system: You are a helpful assistant.
user:
Analyze the provided spectrum to determine if it is a **M-type Giant (gM)**.

A M-type Giant spectrum is defined by its **strong molecular absorption** features, particularly from **Titanium Oxide (TiO)**. You must check for one of the following mutually exclusive signatures:

- **Key Visual Indicators (Absorption-Dominated Spectrum):**

    - **(Primary):** The spectrum is dominated by strong molecular absorption from **Titanium Oxide (TiO)**. This is the **defining feature** of its M-type temperature class.
        - **(Key Bandheads):** Look for sharp, "saw-tooth" absorption valleys. The strongest are located near **~7050 Å**, **~6160 Å**, and **~5170 Å**.
        - **(Line Profile):** The "saw-tooth" morphology is critical: a **sharp, steep drop on the BLUE (short-wavelength) side** of the bandhead, followed by a gradual recovery (rising flux) towards the RED (long-wavelength) side.

    - **(Key Confirmation - Giant vs. Dwarf):** **ABSENCE** of strong **Calcium Hydride (CaH)** molecular bands. This is the primary diagnostic for *excluding* M-dwarfs.
        - **(Key Region):** The spectrum should lack the strong, broad absorption band seen in dwarfs between **~6800 Å and ~7000 Å**.

    - **(Secondary Confirmation - Giant):** A very strong and broad **Neutral Calcium (Ca I)** atomic absorption line.
        - **(Key Line):** Located at **~4226 Å**. In a giant (gM), this line is significantly deeper and broader than the same line in an M-dwarf (dM) due to low surface gravity.

    - **(Overall Spectrum):**
        - The continuum is **extremely red-sloping** (i.e., flux is very low in the blue and rises dramatically towards the red).
        - The entire spectrum appears "chopped up" by the deep TiO bands.

Think first, call **spectral_visualization_tool** if needed to examine features in detail, then provide your final answer. Your response must adhere to the following strict rules:
1.  **Overall Structure:** Your response must follow the format `<think>...</think> <tool_call>...</tool_call> (if a tool is used) <answer>...</answer>`.
2.  **Tool Usage Constraint:** You may only make **one** tool call per turn.
3.  **Final Answer Format:** In the `<answer>` tag, your conclusion must be inside a `\boxed{}` command (e.g., `\boxed{YES}` or `\boxed{NO}`), followed by your justification.

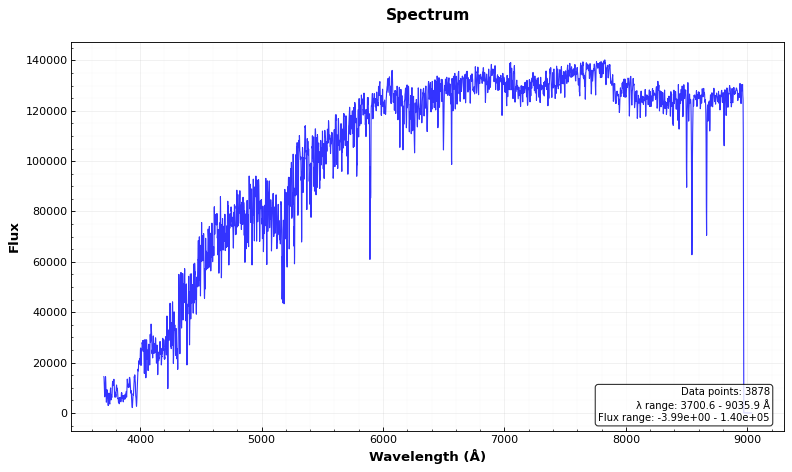
Answer: NO